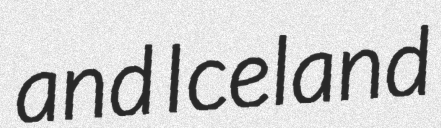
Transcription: and Iceland